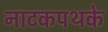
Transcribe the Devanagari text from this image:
नाटकपथके